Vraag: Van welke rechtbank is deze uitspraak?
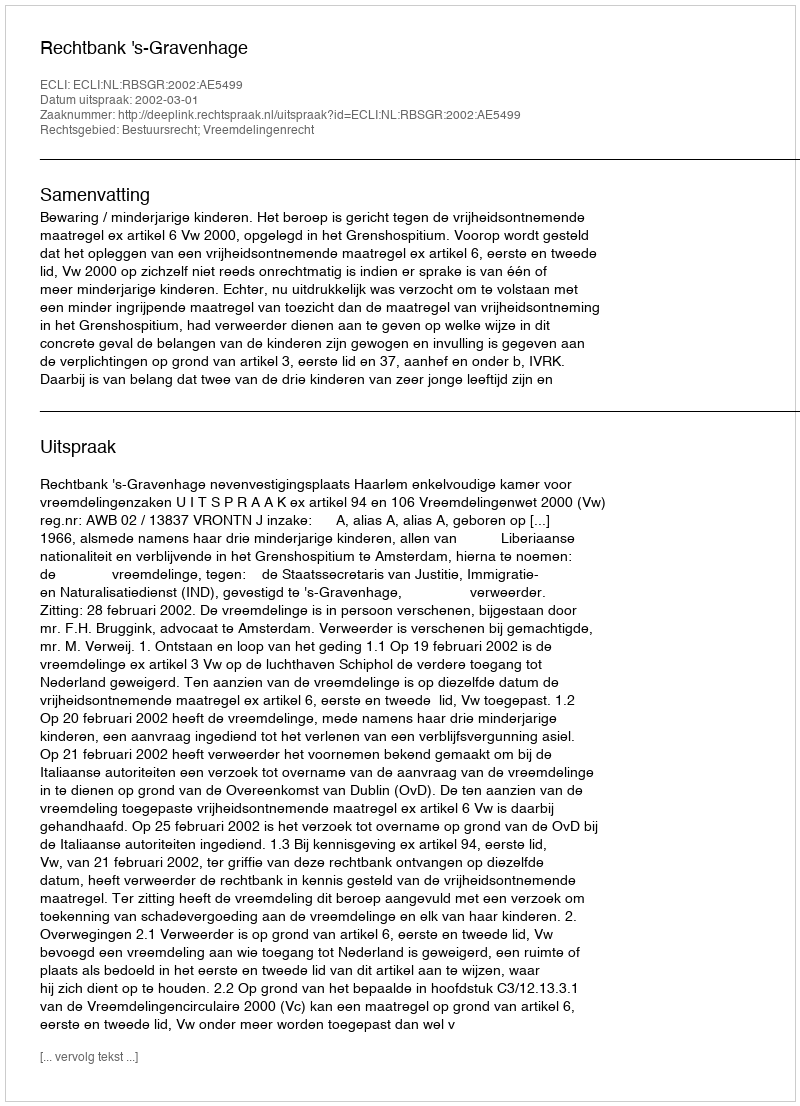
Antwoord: Rechtbank 's-Gravenhage